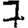
Digit: 7